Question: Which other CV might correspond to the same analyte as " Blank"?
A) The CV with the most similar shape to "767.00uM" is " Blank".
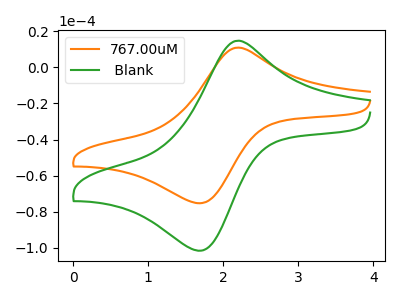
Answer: <think>The orange curve "767.00uM" has an anodic peak at (2.20V, 10.90uA) and a cathodic peak at (1.70V, -75.20uA). The green curve " Blank" has an anodic peak at (2.20V, 14.75uA) and a cathodic peak at (1.70V, -101.50uA).
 All the peaks in "767.00uM" have a peak in " Blank" at the same potential. Every peak in "767.00uM" is lower than every peak in " Blank".</think>
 <answer>A) The CV with the most similar shape to "767.00uM" is " Blank".</answer>
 <eval>A</eval>